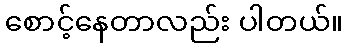
စောင့်နေတာလည်း ပါတယ်။